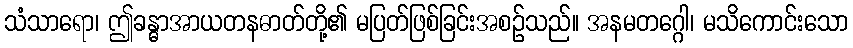
သံသာရော၊ ဤခန္ဓာအာယတနဓာတ်တို့၏ မပြတ်ဖြစ်ခြင်းအစဉ်သည်။ အနမတဂ္ဂေါ၊ မသိကောင်းသော